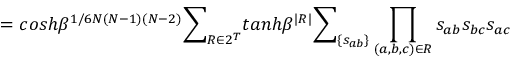
= c o s h \beta ^ { 1 / 6 N ( N - 1 ) ( N - 2 ) } { \Large \sum } _ { R \in 2 ^ { T } } t a n h \beta ^ { | R | } { \large \sum } _ { \{ s _ { a b } \} } \prod _ { ( a , b , c ) \in R } s _ { a b } s _ { b c } s _ { a c }